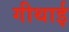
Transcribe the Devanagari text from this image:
गीथाई